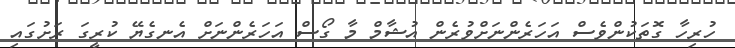
ހުރިހާ ގޮތަކުންވެސް އަހަރެންނަށްވުރެން އުޝާމް މާ ގޯސް އަހަރެންނަށް އެނގެޔޭ ކުރީގަ ރަށުގައި